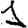
Digit: 1